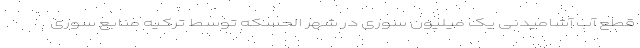
قطع آب آشامیدنی یک میلیون سوری در شهر الحسکه توسط ترکیه منابع سوری